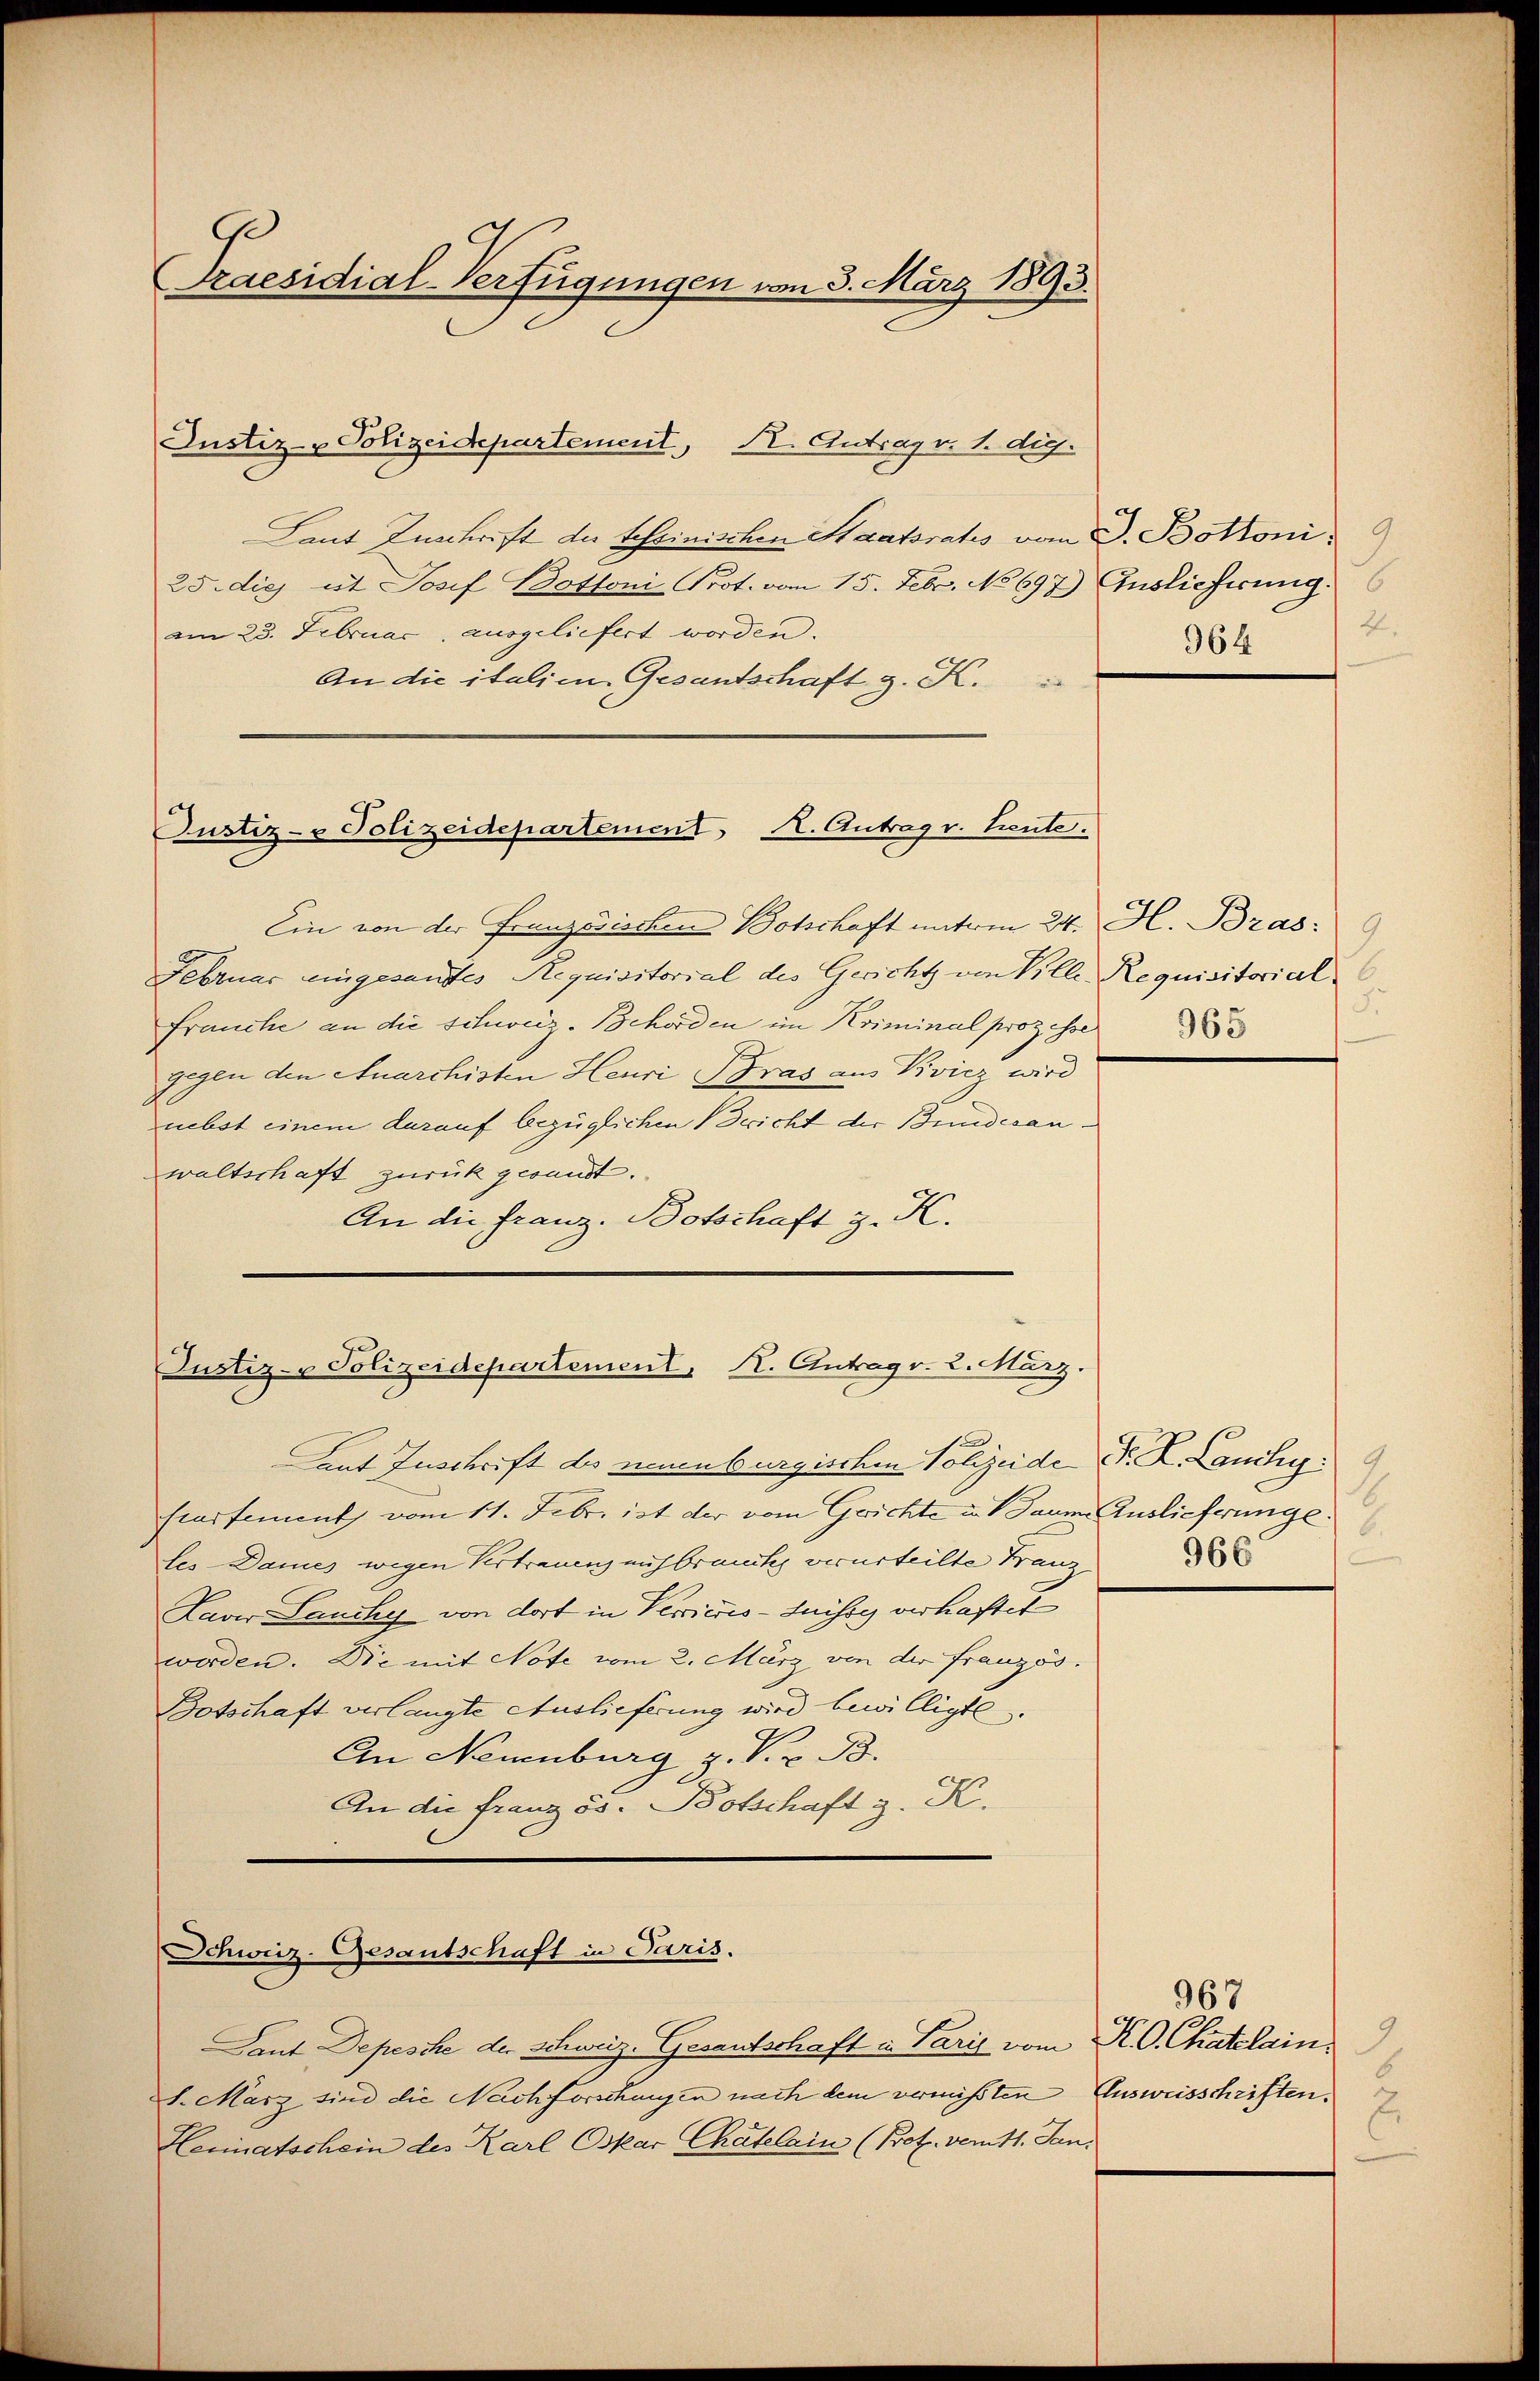
Praesidial-Verfügungen vom 3. März 1893.

Justiz- Polizeidepartement, Dr. Antrag v. 1. die.

Laut Zuschrift der testinischen Staatsrates vom 3. Bottoni
25. dies ist Josef Bottoni Prot. vom 15. Febr. No 697.) Auslieferung.
am 23. Februar ausgeliefert worden.
An die italien Gesantschaft z. K.

Ein von der Französischen Botschaft unterm 24. H. Bras:
Februar eingesandtes Requisitorial des Gericht von Ville Requisitorial
Frauche an die schweiz. Behörden im Kriminal prozesse
gegen den Anarchisten Heuri Bras aus Pivicz wird
nebst einem darauf bezüglichen Bericht der Bundesanwaltschaft zurück gesandt.
An die Franz. Botschaft z. K.

Justiz- & Polizeidepartement A. Antrag v. Leute.

Justiz- Polizeidepartement, K. Antrag v. 2. März.

Schweiz. Gesantschaft in Paris.

Laut Zuschrift des neuenburgischen Polizeide Sr. K. Lauchy.
heartement vom 11. Febr. ist der vom Gerichte u. Saum Auslieferunge
tes Dames wegen Vertrauenz aufbrauch verurteilte Franz
Laver Lauchy von dort in Perciccis-Suisse verhaftet
worden. Die mit Note vom 2. März von der Französ.
Botschaft verlangte Auslieferung wird bewilligte.
An Neuenburg z. S. z. B.
An die französ. Botschaft z. K.

Tant Depesche der Schweiz. Gesantschaft in Paris vom K. O. Chatelain¬
1. März sind die Nachforschungen nach dem vermißten Ausweisschriften.
Heimatschein des Karl Oskar Chatelain (Prof. vom 11. Jan.

2.
964

5.
965

.
966

967
9.
2